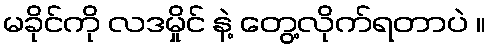
မခိုင်ကို လဒမှိုင် နဲ့ တွေ့လိုက်ရတာပဲ ။